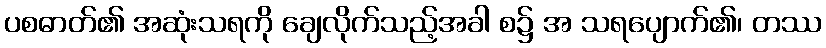
ပစဓာတ်၏ အဆုံးသရကို ချေလိုက်သည့်အခါ စ၌ အ သရပျောက်၏၊ တဿ